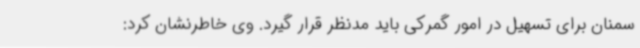
سمنان برای تسهیل در امور گمرکی باید مدنظر قرار گیرد. وی خاطرنشان کرد: